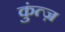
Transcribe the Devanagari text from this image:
कुंत्ज़